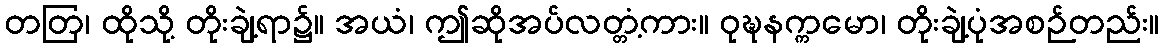
တတြ၊ ထိုသို့ တိုးချဲ့ရာ၌။ အယံ၊ ဤဆိုအပ်လတ္တံ့ကား။ ဝုဍ္ဎနက္ကမော၊ တိုးချဲ့ပုံအစဉ်တည်း။